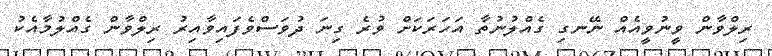
ރިލްވާން ވީނުވީއެއް ނޭނގި ގެއްލުނުތާ އަހަރަކަށް ވުރެ ގިނަ ދުވަސްވެފައިވާއިރު ރިލްވާން ގެއްލުމާއެކު